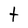
Character: t